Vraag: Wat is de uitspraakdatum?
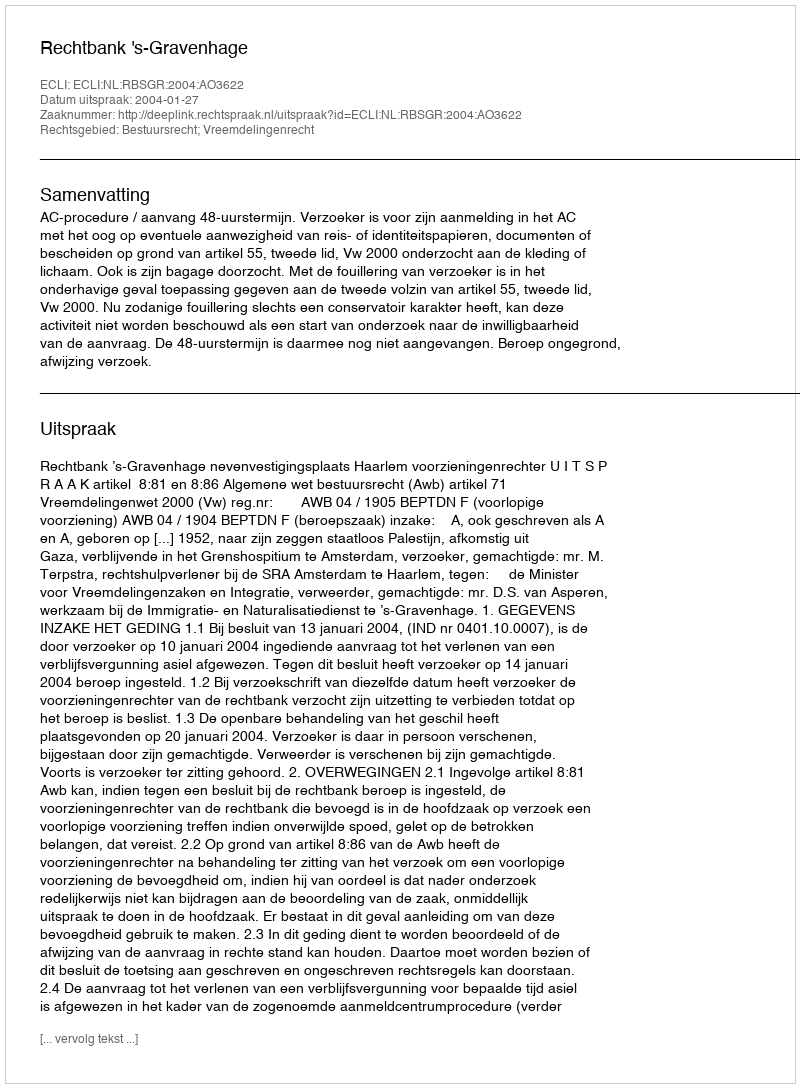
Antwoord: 2004-01-27